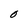
Character: O